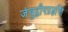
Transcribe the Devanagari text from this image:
जंबुद्वीपप्रज्ञप्ति